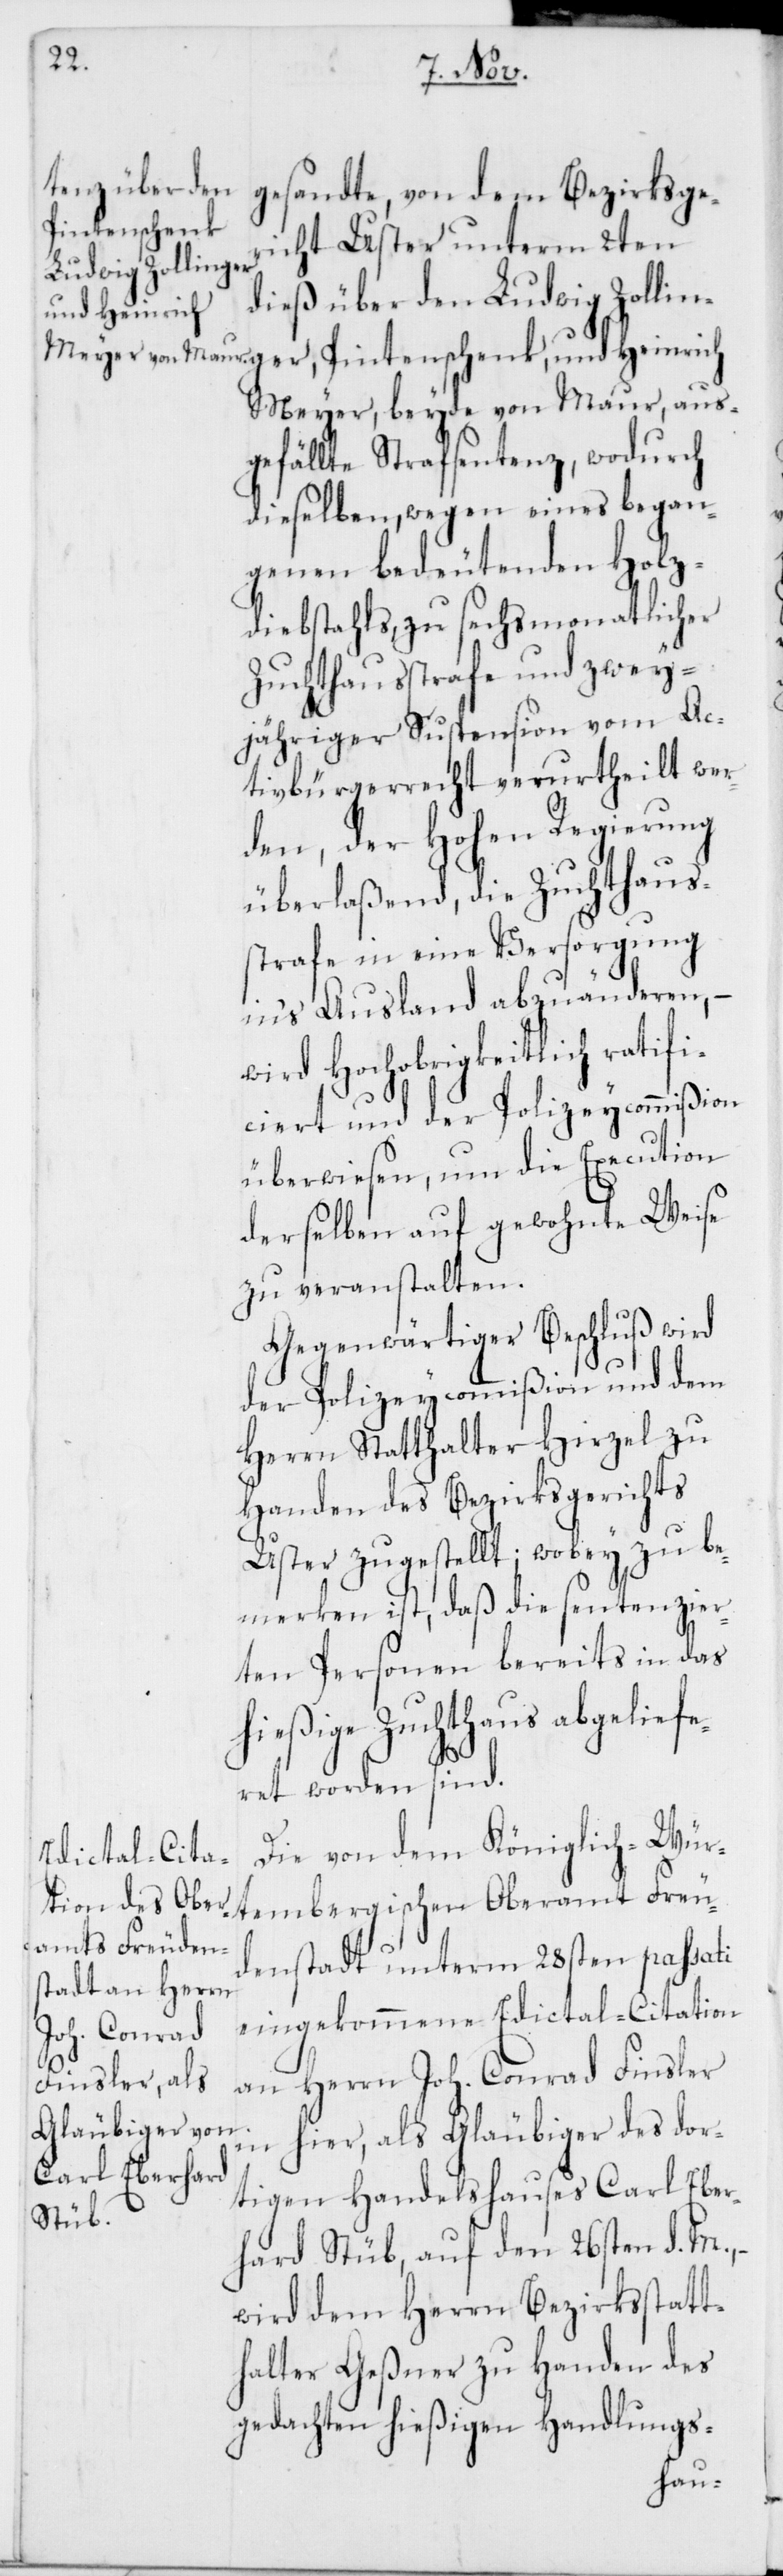
ger,
Bezirksger¬
Pintenschenk,
icht Uster unterm 2ten
dieß über den Ludwig Zollin¬
und Heinrich
Meyer, beyde von Maur, aus¬
gefällte Strafsentenz, wodurch
dieselben, wegen eines began¬
genen bedeutenden Holz¬
diebstahls, zu sechsmonatlicher
Zuchthausstrafe und zwey¬
jähriger Suspension vom Ac¬
tivbürgerrecht verurtheilt wer¬
den, der Hohen Regierung
überlaßend, die Zuchthaus¬
strafe in eine Versorgung
in’s Ausland abzuänderen, –
wird Hochobrigkeitlich ratifi¬
ciert und der Polizeycommißion
überwiesen, um die Execution
derselben auf gewohnte Weise
zu veranstalten.
Gegenwärtiger Beschluß wird
der Polizeycommißion und dem
Herrn Statthalter Hirzel zu
Handen des Bezirksgerichts
Uster zugestellt; wobey zu be¬
merken ist, daß die sentenzier¬
ten Personen bereits in das
hießige Zuchthaus abgeliefe¬
ret worden sind.
Die von dem Königlich-Wür¬
tembergischen Oberamt Freu¬
denstadt unterm 28sten passati
eingekommene Edictal-Citation
an Herrn Joh. Conrad Finsler
in hier, als Gläubiger des dor¬
tigen Handelshauses Carl Eber¬
hard Stüb, auf den 26sten d. M.,
wird dem Herrn Bezirksstatt¬
halter Geßner zu Handen des
gedachten hießigen Handlungs-